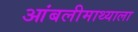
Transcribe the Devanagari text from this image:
आंबलीमाथ्याला